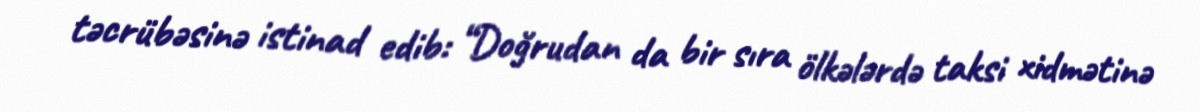
təcrübəsinə istinad edib: “Doğrudan da bir sıra ölkələrdə taksi xidmətinə